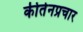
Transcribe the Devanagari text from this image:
कीर्तनप्रचार